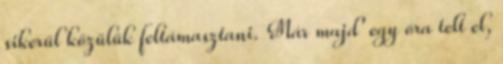
sikerül közülük feltámasztani. Már majd' egy óra telt el,